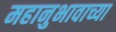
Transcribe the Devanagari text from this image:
महानुभावाच्या